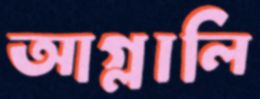
আগ্‌লালি